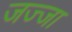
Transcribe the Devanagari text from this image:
जज्जा